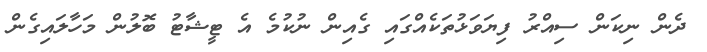
ދެން ނިކަން ސިއްރު ފިޔަވަޅުތަކެއްގައި ގެއިން ނުކުމެ އެ ޓީޝާޓު ބޮލުން މަހާލައިގެން